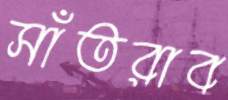
সাঁতরাব